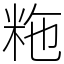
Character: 粚